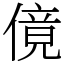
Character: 傹